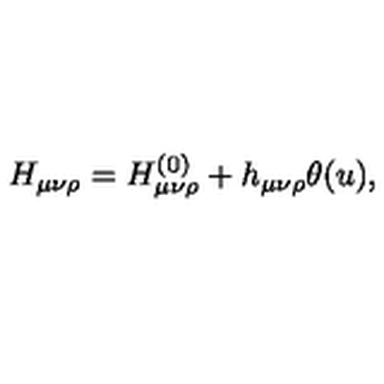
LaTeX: H _ { \mu \nu \rho } = H _ { \mu \nu \rho } ^ { ( 0 ) } + h _ { \mu \nu \rho } \theta ( u ) ,